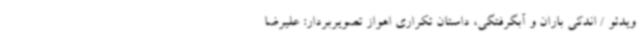
ویدئو / اندکی باران و آبگرفتگی، داستان تکراری اهواز تصویربردار: علیرضا